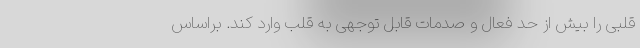
قلبی را بیش از حد فعال و صدمات قابل توجهی به قلب وارد کند. براساس